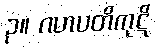
၃။ ဂဟပတိကုဋိ